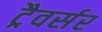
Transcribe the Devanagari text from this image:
ट्रैवर्सर